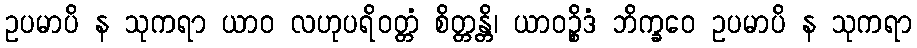
ဥပမာပိ န သုကရာ ယာဝ လဟုပရိဝတ္တံ စိတ္တန္တိ၊ ယာဝဉ္စိဒံ ဘိက္ခဝေ ဥပမာပိ န သုကရာ